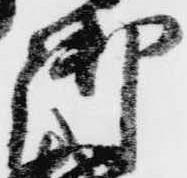
御